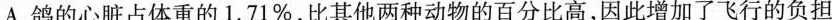
A.鸽的心脏占体重的1.71%，比其他两种动物的百分比高，因此增加了飞行的负担